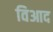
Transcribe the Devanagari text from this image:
विआद